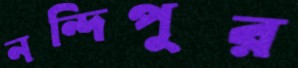
নন্দিপুর